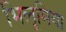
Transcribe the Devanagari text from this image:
भिलूमिया